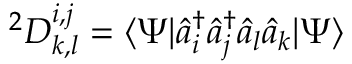
^ { 2 } D _ { k , l } ^ { i , j } = \langle \Psi | { \hat { a } } _ { i } ^ { \dagger } { \hat { a } } _ { j } ^ { \dagger } { \hat { a } } _ { l } { \hat { a } } _ { k } | \Psi \rangle